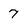
Character: 7